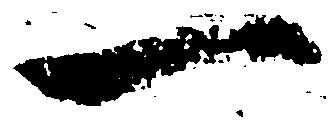
一